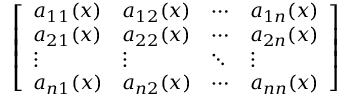
\left[ \begin{array} { l l l l } { a _ { 1 1 } ( x ) } & { a _ { 1 2 } ( x ) } & { \cdots } & { a _ { 1 n } ( x ) } \\ { a _ { 2 1 } ( x ) } & { a _ { 2 2 } ( x ) } & { \cdots } & { a _ { 2 n } ( x ) } \\ { \vdots } & { \vdots } & { \ddots } & { \vdots } \\ { a _ { n 1 } ( x ) } & { a _ { n 2 } ( x ) } & { \cdots } & { a _ { n n } ( x ) } \end{array} \right]